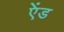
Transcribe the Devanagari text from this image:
एेंड